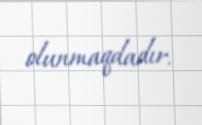
olunmaqdadır.